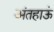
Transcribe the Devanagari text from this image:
अंतहाऊं